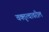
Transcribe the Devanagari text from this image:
वक्तृत्वावरील